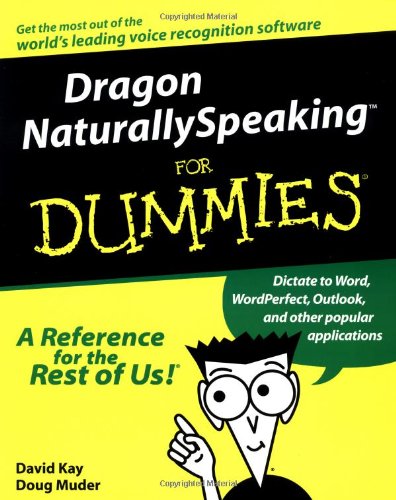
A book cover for Dragon NaturallySpeaking For Dummies (For Dummies (Computers)); David C. Kay; Computers & Technology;